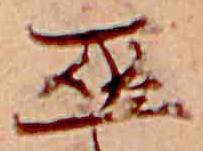
巫